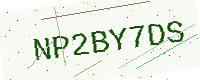
Text: NP2BY7DS